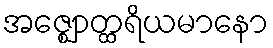
အဇ္ဈောတ္ထရိယမာနော